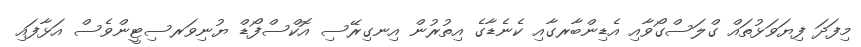
މިފަދަ ފިޔަވަޅުތައް ގްލަސްގޯވާއި އެޑިންބާރގާއި ކެނެޑާގެ އިތުރުން އިނގިރޭސި އޮކްސްފޯޑް ޔުނިވަރސިޓީންވެސް އަޅާފައި